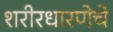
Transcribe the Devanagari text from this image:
शरीरधारणेचे